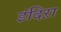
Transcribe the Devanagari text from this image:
इंदिऱा